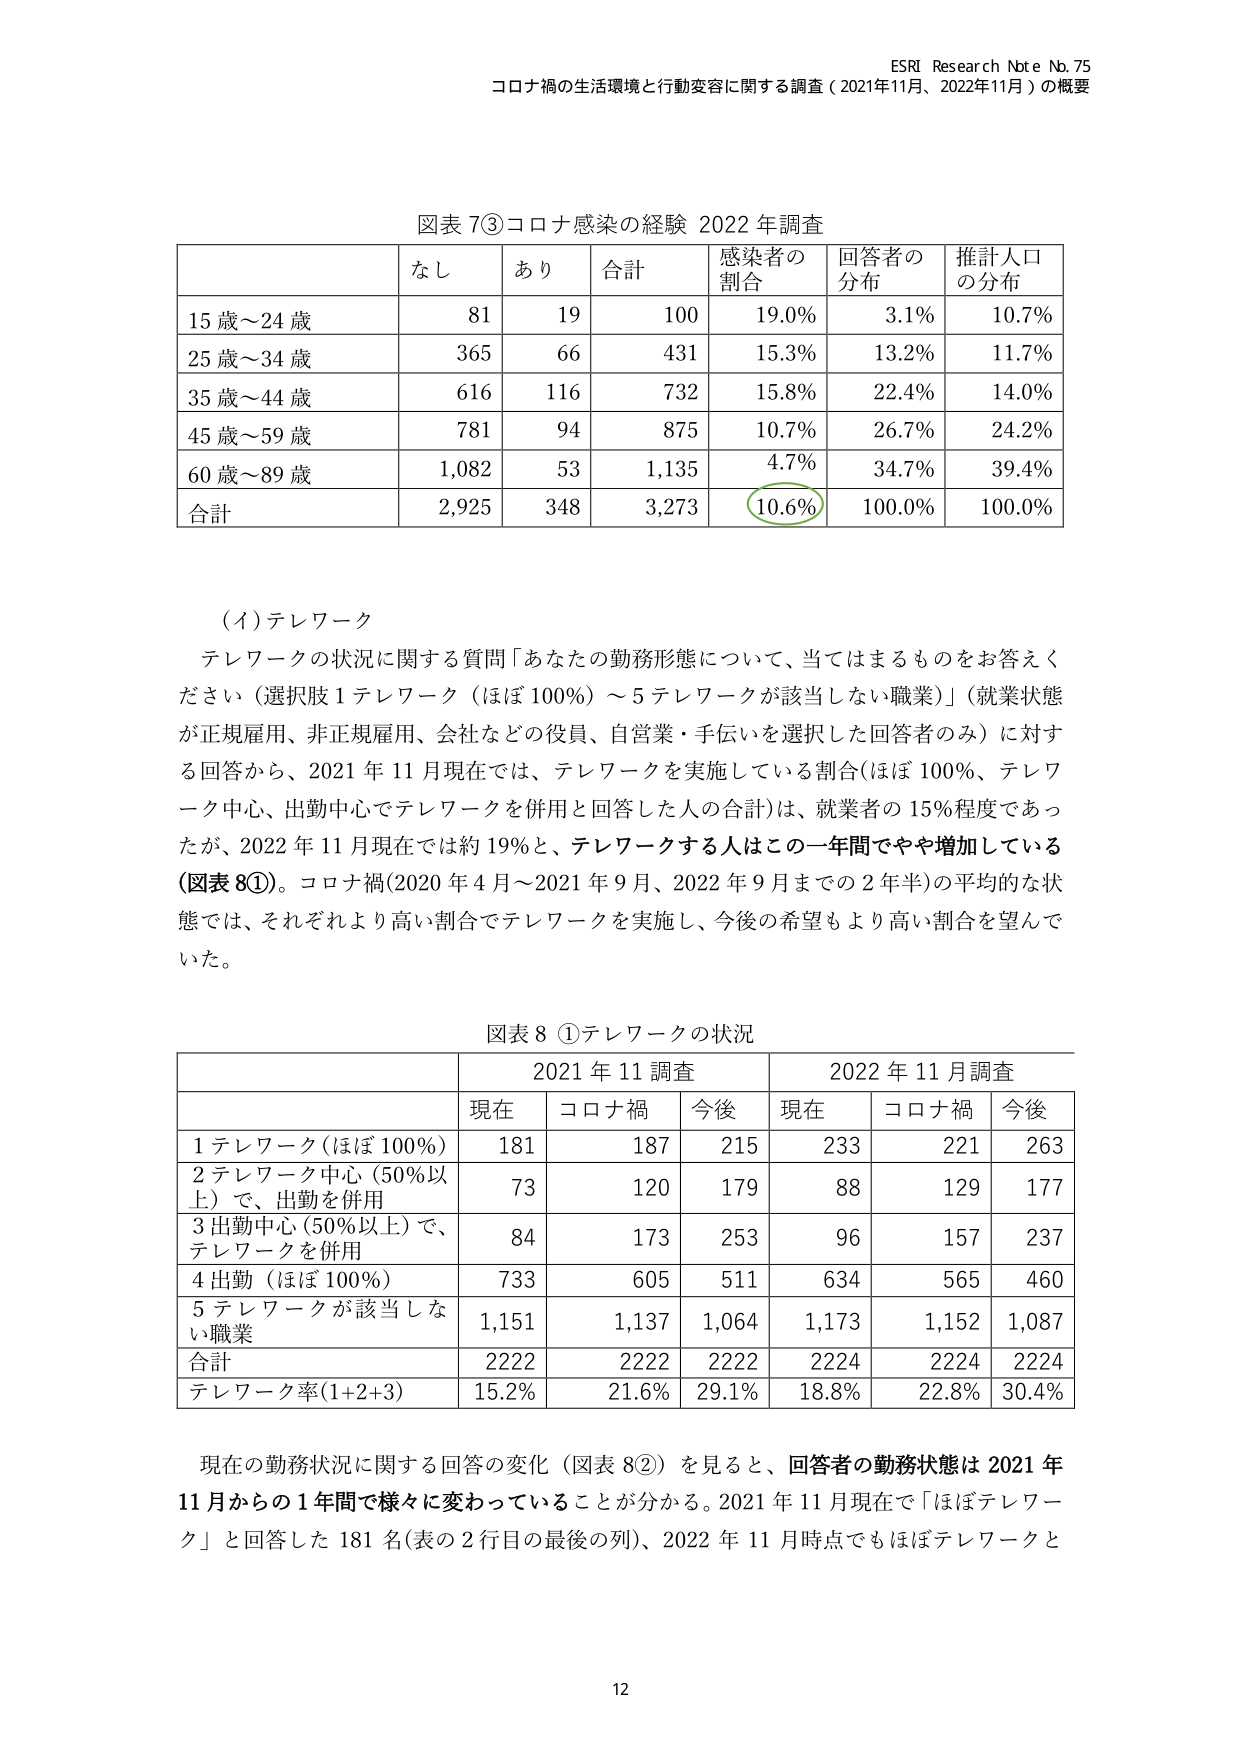
ESRI Research Note No. 75
コロナ禍の生活環境と行動変容に関する調査（2021年11月、2022年11月）の概要

図表 7③ コロナ感染の経験 2022 年調査
なし　あり　合計　感染者の割合　回答者の分布　推計人口の分布
15 歳～24 歳　81　19　100　19.0%　3.1%　10.7%
25 歳～34 歳　365　66　431　15.3%　13.2%　11.7%
35 歳～44 歳　616　116　732　15.8%　22.4%　14.0%
45 歳～59 歳　781　94　875　10.7%　26.7%　24.2%
60 歳～89 歳　1,082　53　1,135　4.7%　34.7%　39.4%
合計　2,925　348　3,273　10.6%　100.0%　100.0%

（イ）テレワーク
テレワークの状況に関する質問「あなたの勤務形態について、当てはまるものをお答えください（選択肢 1 テレワーク（ほぼ 100%）～5 テレワークが該当しない職業）」（就業状態が正規雇用、非正規雇用、会社などの役員、自営業・手伝いを選択した回答者のみ）に対する回答から、2021 年 11 月現在では、テレワークを実施している割合（ほぼ 100%、テレワーク中心、出勤中心でテレワークを併用と回答した人の合計）は、就業者の 15%程度であったが、2022 年 11 月現在では約 19%と、テレワークする人はこの一年間でやや増加している（図表 8①）。コロナ禍（2020 年 4 月～2021 年 9 月、2022 年 9 月までの 2 年半）の平均的な状態では、それぞれより高い割合でテレワークを実施し、今後の希望もより高い割合を望んでいた。

図表 8 ① テレワークの状況
2021 年 11 調査　2022 年 11 調査
現在　コロナ禍　今後　現在　コロナ禍　今後
1 テレワーク（ほぼ 100%）　181　187　215　233　221　263
2 テレワーク中心（50%以上）で、出勤を併用　73　120　179　88　129　177
3 出勤中心（50%以上）で、テレワークを併用　84　173　253　96　157　237
4 出勤（ほぼ 100%）　733　605　511　634　565　460
5 テレワークが該当しない職業　1,151　1,137　1,064　1,173　1,152　1,087
合計　2222　2222　2222　2224　2224　2224
テレワーク率（1+2+3）　15.2%　21.6%　29.1%　18.8%　22.8%　30.4%

現在の勤務状況に関する回答の変化（図表 8②）を見ると、回答者の勤務状態は 2021 年 11 月からの 1 年間で様々に変わっていることが分かる。2021 年 11 月現在で「ほぼテレワーク」と回答した 181 名（表の 2 行目の最後の列）、2022 年 11 月時点でもほぼテレワークと

12